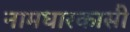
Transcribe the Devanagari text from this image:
नामधारकासी